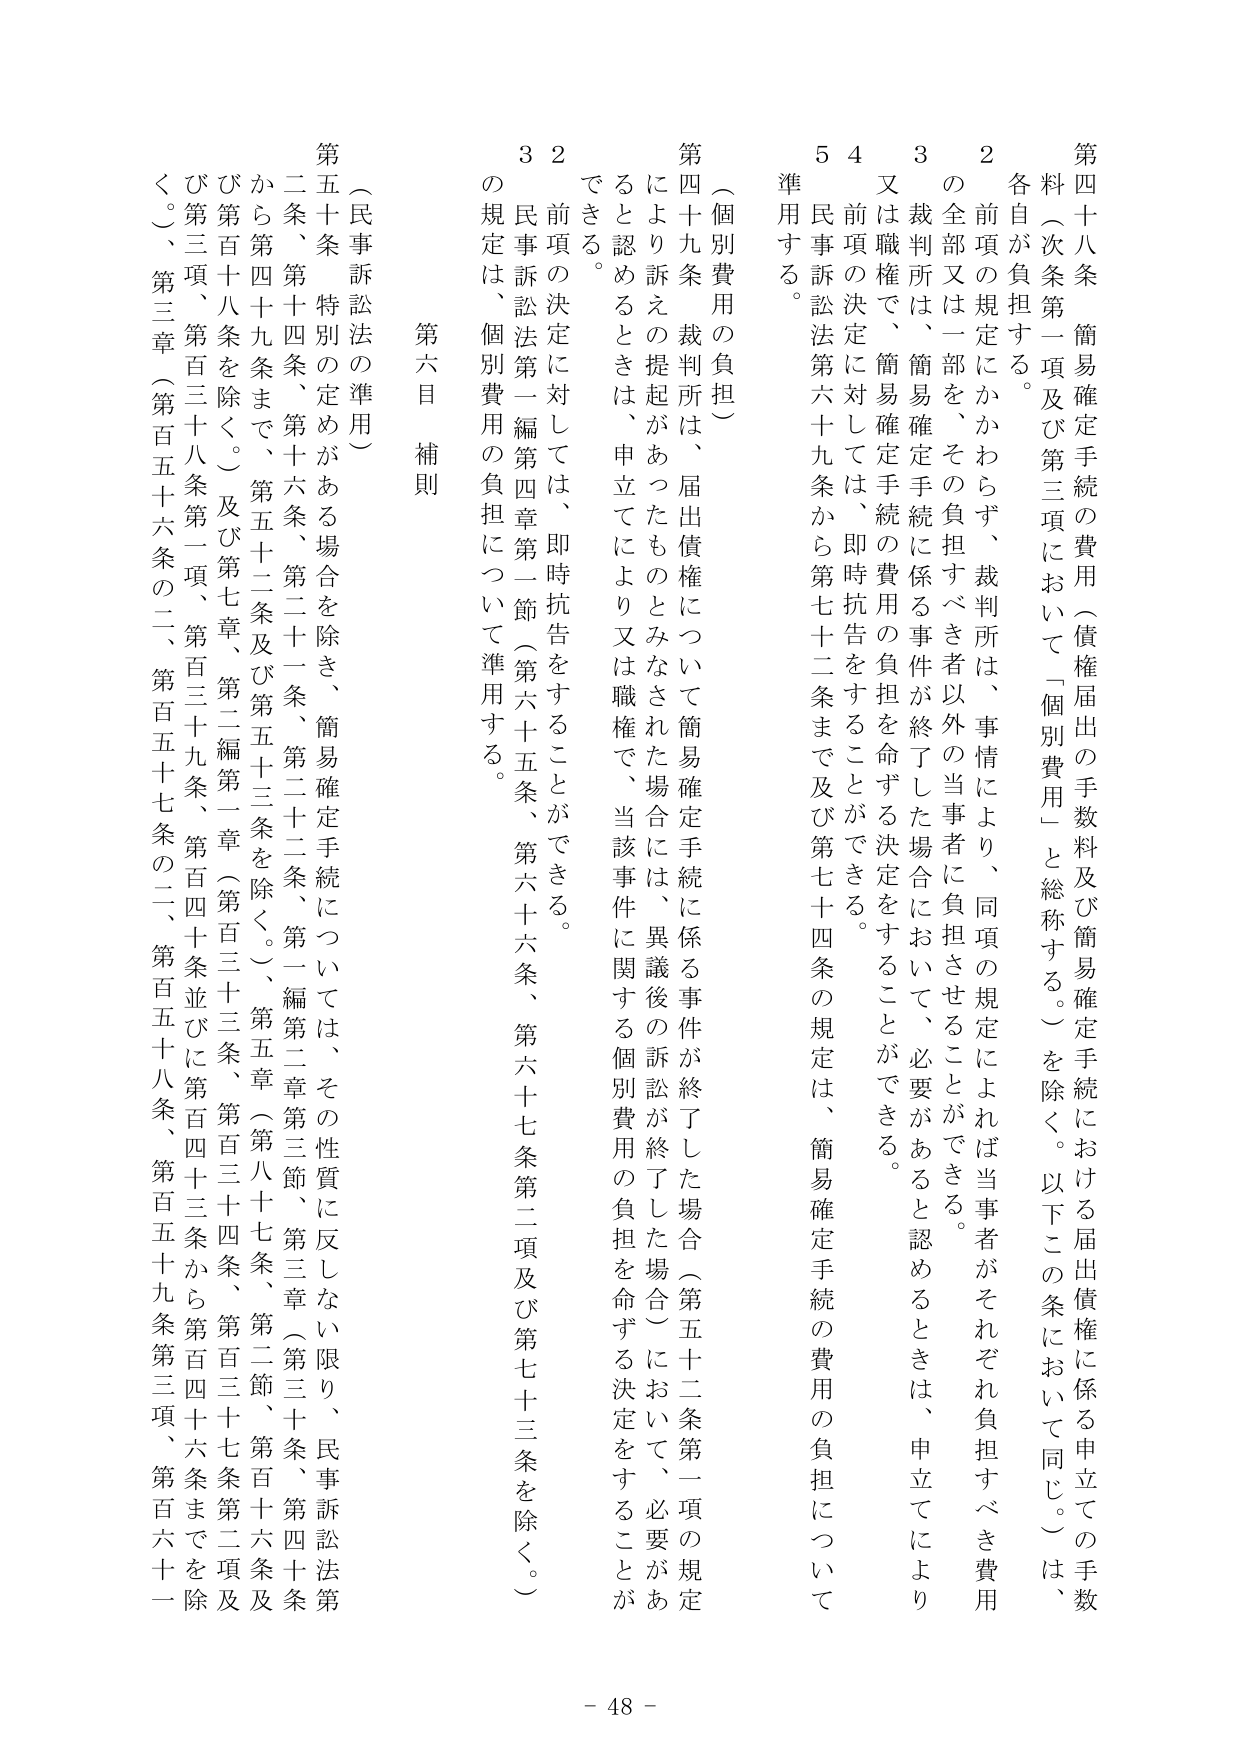
第四十八条 簡易確定手続の費用（債権届出の手数料及び簡易確定手続における届出債権に係る申立ての手数料（次条第一項及び第三項において「個別費用」と総称する。）を除く。以下この条において同じ。）は、各自が負担する。

２ 前項の規定にかかわらず、裁判所は、事情により、同項の規定によれば当事者がそれぞれ負担すべき費用の全部又は一部を、その負担すべき者以外の当事者に負担させることができる。

３ 裁判所は、簡易確定手続に係る事件が終了した場合において、必要があると認めるときは、申立てにより又は職権で、簡易確定手続の費用の負担を命ずる決定をすることができる。

４ 前項の決定に対しては、即時抗告をすることができる。

５ 民事訴訟法第六十九条から第七十二条まで及び第七十四条の規定は、簡易確定手続の費用の負担について準用する。

（個別費用の負担）

第四十九条 裁判所は、届出債権について簡易確定手続に係る事件が終了した場合（第五十二条第一項の規定により訴えの提起があったものとみなされた場合には、異議後の訴訟が終了した場合）において、必要があると認めるときは、申立てにより又は職権で、当該事件に関する個別費用の負担を命ずる決定をすることができる。

２ 前項の決定に対しては、即時抗告をすることができる。

３ 民事訴訟法第一編第四章第一節（第六十五条、第六十六条、第六十七条第二項及び第七十三条を除く。）の規定は、個別費用の負担について準用する。

第六目 補則

（民事訴訟法の準用）

第五十条 特別の定めがある場合を除き、簡易確定手続については、その性質に反しない限り、民事訴訟法第二条、第十四条、第十六条、第二十一条、第二十二条、第一編第二章第三節、第三章（第三十条、第四十条から第四十九条まで、第五十二条及び第五十三条を除く。）、第五章（第八十七条、第二節、第百三十六条及び第百三十八条を除く。）及び第七章、第二編第一章（第百三十三条、第百三十四条、第百三十七条第二項及び第三項、第百三十八条第一項、第百三十九条、第百四十条並びに第百四十三条から第百四十六条までを除く。）、第三章（第百五十六条の二、第百五十七条の二、第百五十八条、第百五十九条第三項、第百六十一条）